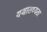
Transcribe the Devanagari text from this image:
यथातथ्‍यता